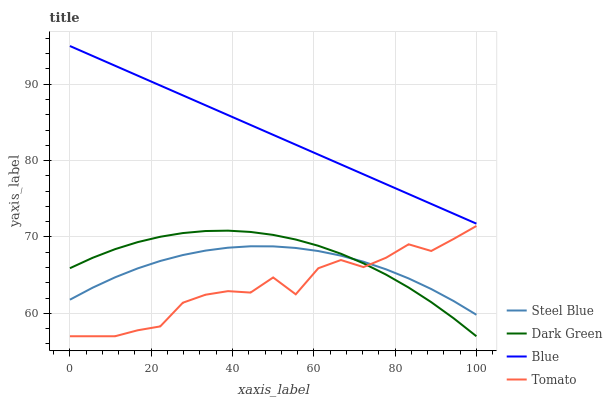
| xaxis_label | Steel Blue | Dark Green | Blue | Tomato |
 | --- | --- | --- | --- | --- |
 | 0 | 61.8 | 65.9 | 95 | 57 |
 | 5.56 | 63.3 | 67.3 | 93.7 | 57 |
 | 11.1 | 64.7 | 68.4 | 92.4 | 57 |
 | 16.7 | 65.9 | 69.3 | 91.1 | 57.8 |
 | 22.2 | 66.9 | 70 | 89.8 | 58.3 |
 | 27.8 | 67.6 | 70.5 | 88.5 | 61.4 |
 | 33.3 | 68.2 | 70.8 | 87.2 | 62.4 |
 | 38.9 | 68.6 | 70.8 | 86 | 62.9 |
 | 44.4 | 68.8 | 70.7 | 84.7 | 62.7 |
 | 50 | 68.8 | 70.3 | 83.4 | 64.7 |
 | 55.6 | 68.6 | 69.7 | 82.1 | 62.5 |
 | 61.1 | 68.2 | 68.8 | 80.8 | 65.9 |
 | 66.7 | 67.6 | 67.8 | 79.5 | 67 |
 | 72.2 | 66.8 | 66.5 | 78.2 | 66.1 |
 | 77.8 | 65.8 | 65.1 | 76.9 | 67.3 |
 | 83.3 | 64.6 | 63.4 | 75.6 | 69 |
 | 88.9 | 63.2 | 61.5 | 74.3 | 68.2 |
 | 94.4 | 61.6 | 59.3 | 73 | 69.8 |
 | 100 | 59.8 | 57 | 71.7 | 71.4 |